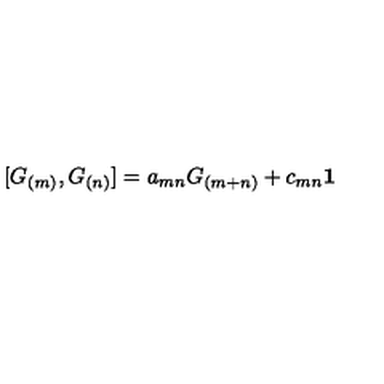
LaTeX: \lbrack G _ { ( m ) } , G _ { ( n ) } ] = a _ { m n } G _ { ( m + n ) } + c _ { m n } \mathbf { 1 }